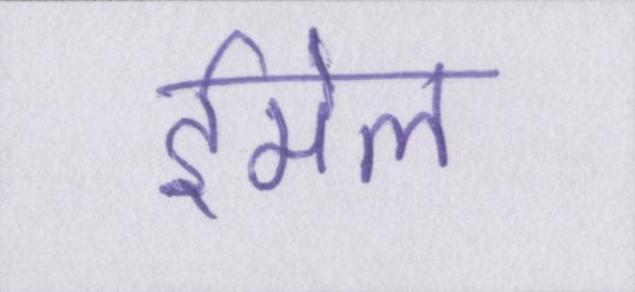
ईमेल